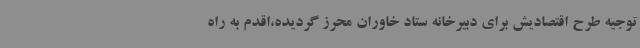
توجیه طرح اقتصادیش برای دبیرخانه ستاد خاوران محرز گردیده،اقدم به راه